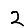
Digit: 2